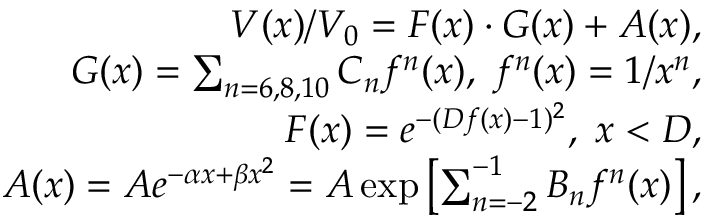
\begin{array} { r l r } & { } & { V ( x ) / V _ { 0 } = F ( x ) \cdot G ( x ) + A ( x ) , } \\ & { } & { G ( x ) = \sum _ { n = 6 , 8 , 1 0 } C _ { n } f ^ { n } ( x ) , \; f ^ { n } ( x ) = 1 / x ^ { n } , } \\ & { } & { F ( x ) = e ^ { - ( D f ( x ) - 1 ) ^ { 2 } } , \; x < D , } \\ & { } & { A ( x ) = A e ^ { - \alpha x + \beta x ^ { 2 } } = A \exp \left[ \sum _ { n = - 2 } ^ { - 1 } B _ { n } f ^ { n } ( x ) \right] , } \end{array}